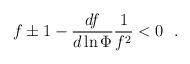
LaTeX: \begin{align*}{ f\pm1-{df\over d\ln \Phi }{1\over f^2}<0 \ \ .} \end{align*}